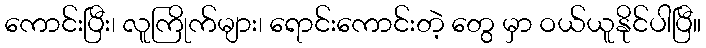
ကောင်းပြီး၊ လူကြိုက်များ၊ ရောင်းကောင်းတဲ့ တွေ မှာ ဝယ်ယူနိုင်ပါပြီ။